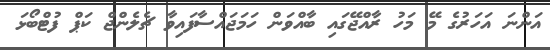
އަންނަ އަހަރުގެ މޭ މަހު ރާއްޖޭގައި ބާއްވަން ހަމަޖައްސާފައިވާ ޗެލެންޖް ކަޕް ފުޓްބޯޅަ